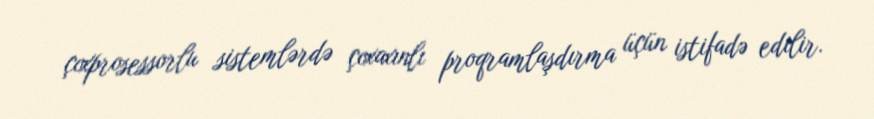
çoxprosessorlu sistemlərdə çoxaxınlı proqramlaşdırma üçün istifadə edilir.